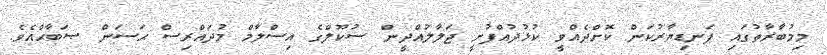
މިމުބާރާތުގައި ފަނޑިޔާރުކަން ކޮށްދެއްވީ ކުޅުދުއްފުށީ ޖަލާލުއްދީން ސުކޫލްގެ އިސްލާމް މުދައްރިސް ޙަސަން ޞަބާޙްއެވެ.